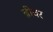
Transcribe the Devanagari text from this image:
ब्रीवर